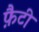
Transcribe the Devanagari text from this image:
फ़ैटी